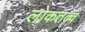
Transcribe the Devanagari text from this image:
लोकतत्‍व